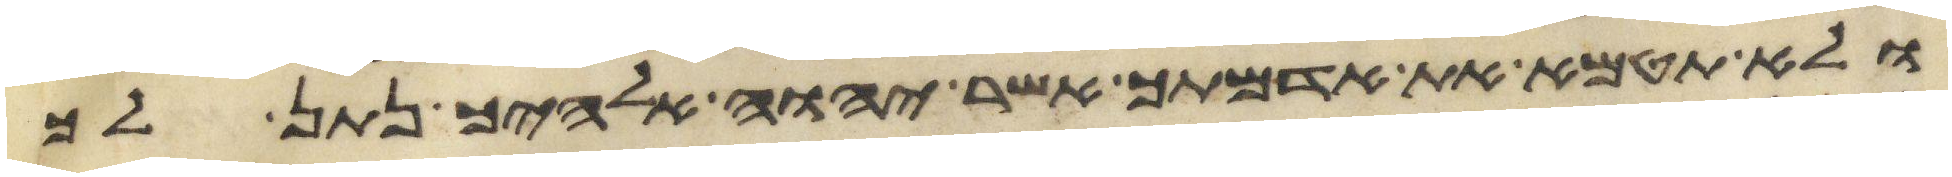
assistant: ולא תטמא את אדמתך אשר יהוה אלהיך נתן לך